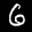
Label: 6